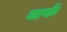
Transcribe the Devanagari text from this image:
वार्फ